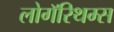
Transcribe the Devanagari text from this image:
लोगॅरिथम्स